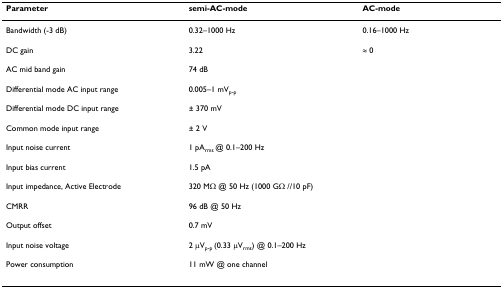
<table><thead><tr><td><b>Parameter</b></td><td><b>semi-AC-mode</b></td><td><b>AC-mode</b></td></tr></thead><tbody><tr><td>Bandwidth (-3 dB)</td><td>0.32–1000 Hz</td><td>0.16–1000 Hz</td></tr><tr><td>DC gain</td><td>3.22</td><td>≈ 0</td></tr><tr><td>AC mid band gain</td><td colspan="2">74 dB</td></tr><tr><td>Differential mode AC input range</td><td colspan="2">0.005–1 mV<sub>p-p</sub></td></tr><tr><td>Differential mode DC input range</td><td colspan="2">± 370 mV</td></tr><tr><td>Common mode input range</td><td colspan="2">± 2 V</td></tr><tr><td>Input noise current</td><td colspan="2">1 pA<sub>rms </sub>@ 0.1–200 Hz</td></tr><tr><td>Input bias current</td><td colspan="2">1.5 pA</td></tr><tr><td>Input impedance, Active Electrode</td><td colspan="2">320 MΩ @ 50 Hz (1000 GΩ //10 pF)</td></tr><tr><td>CMRR</td><td colspan="2">96 dB @ 50 Hz</td></tr><tr><td>Output offset</td><td colspan="2">0.7 mV</td></tr><tr><td>Input noise voltage</td><td colspan="2">2 μV<sub>p-p </sub>(0.33 μV<sub>rms</sub>) @ 0.1–200 Hz</td></tr><tr><td>Power consumption</td><td colspan="2">11 mW @ one channel</td></tr></tbody></table>